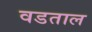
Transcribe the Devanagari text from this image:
वडताल